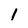
Character: 1